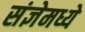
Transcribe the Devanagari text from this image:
संज्ञेमध्ये